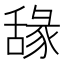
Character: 𦧫